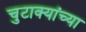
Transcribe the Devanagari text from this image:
चुटाक्यांच्या